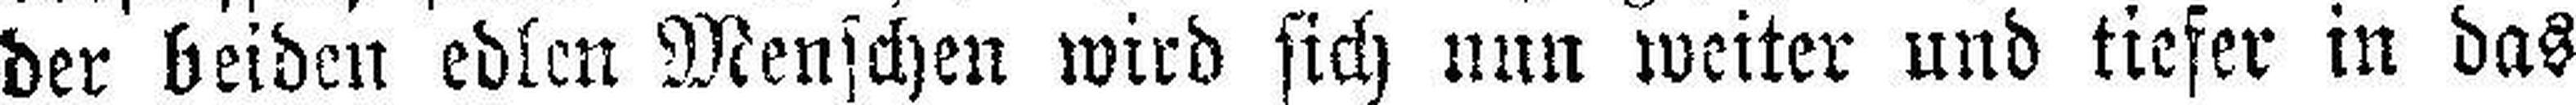
der beiden edlen Menschen wird sich nun weiter und tiefer in das